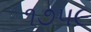
૧૭૫૯